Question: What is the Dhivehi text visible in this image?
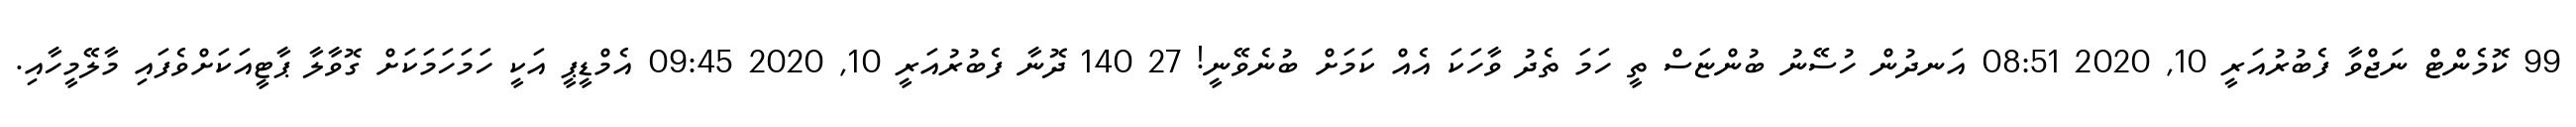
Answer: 99 ކޮމެންޓް ނަޖްވާ ފެބުރުއަރީ 10, 2020 08:51 އަނދުން ހުސޭނު ބުންޏަސް ތީ ހަމަ ތެދު ވާހަކަ އެއް ކަމަށް ބުނެވޭނީ! 27 140 ދޮނާ ފެބުރުއަރީ 10, 2020 09:45 އެމްޑީޕީ އަކީ ހަމަހަމަކަށް ގޮވާލާ ޕާޓީއަކަށްވެފައި މާލޭމީހާއި.